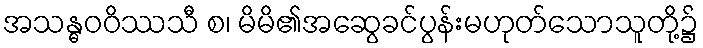
အသန္ဓဝဝိဿသီ စ၊ မိမိ၏အဆွေခင်ပွန်းမဟုတ်သောသူတို့၌